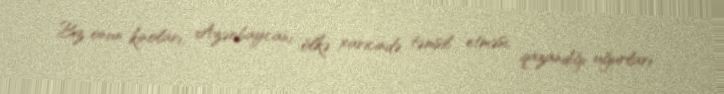
Biz onun kinoları, Azərbaycanı ölkə xaricində təmsil etməsi, qazandığı uğurları